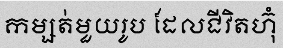
កម្សត់មួយរូប ដែលជីវិតហ៊ុំ